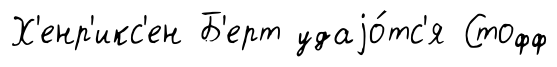
Х'енр'икс'ен Б'ерт удаjо́тс'я Стофф